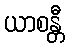
ယာစန္တီ